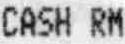
CASH RM